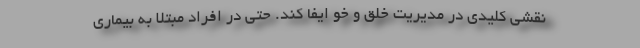
نقشی کلیدی در مدیریت خلق و خو ایفا کند. حتی در افراد مبتلا به بیماری